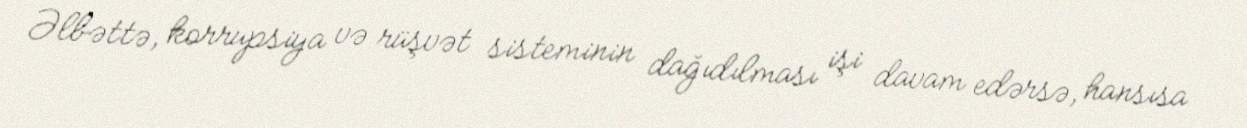
Əlbəttə, korrupsiya və rüşvət sisteminin dağıdılması işi davam edərsə, hansısa